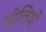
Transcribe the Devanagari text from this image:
पोलियों